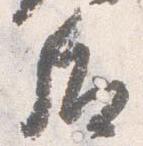
后